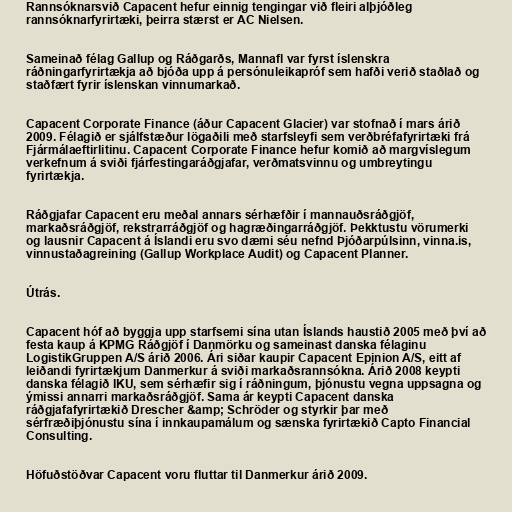
Rannsóknarsvið Capacent hefur einnig tengingar við fleiri alþjóðleg
rannsóknarfyrirtæki, þeirra stærst er AC Nielsen.

Sameinað félag Gallup og Ráðgarðs, Mannafl var fyrst íslenskra
ráðningarfyrirtækja að bjóða upp á persónuleikapróf sem hafði verið staðlað og
staðfært fyrir íslenskan vinnumarkað.

Capacent Corporate Finance (áður Capacent Glacier) var stofnað í mars árið
2009. Félagið er sjálfstæður lögaðili með starfsleyfi sem verðbréfafyrirtæki frá
Fjármálaeftirlitinu. Capacent Corporate Finance hefur komið að margvíslegum
verkefnum á sviði fjárfestingaráðgjafar, verðmatsvinnu og umbreytingu
fyrirtækja.

Ráðgjafar Capacent eru meðal annars sérhæfðir í mannauðsráðgjöf,
markaðsráðgjöf, rekstrarráðgjöf og hagræðingarráðgjöf. Þekktustu vörumerki
og lausnir Capacent á Íslandi eru svo dæmi séu nefnd Þjóðarpúlsinn, vinna.is,
vinnustaðagreining (Gallup Workplace Audit) og Capacent Planner.

Útrás.

Capacent hóf að byggja upp starfsemi sína utan Íslands haustið 2005 með því að
festa kaup á KPMG Ráðgjöf í Danmörku og sameinast danska félaginu
LogistikGruppen A/S árið 2006. Ári siðar kaupir Capacent Epinion A/S, eitt af
leiðandi fyrirtækjum Danmerkur á sviði markaðsrannsókna. Árið 2008 keypti
danska félagið IKU, sem sérhæfir sig í ráðningum, þjónustu vegna uppsagna og
ýmissi annarri markaðsráðgjöf. Sama ár keypti Capacent danska
ráðgjafafyrirtækið Drescher &amp; Schröder og styrkir þar með
sérfræðiþjónustu sína í innkaupamálum og sænska fyrirtækið Capto Financial
Consulting.

Höfuðstöðvar Capacent voru fluttar til Danmerkur árið 2009.